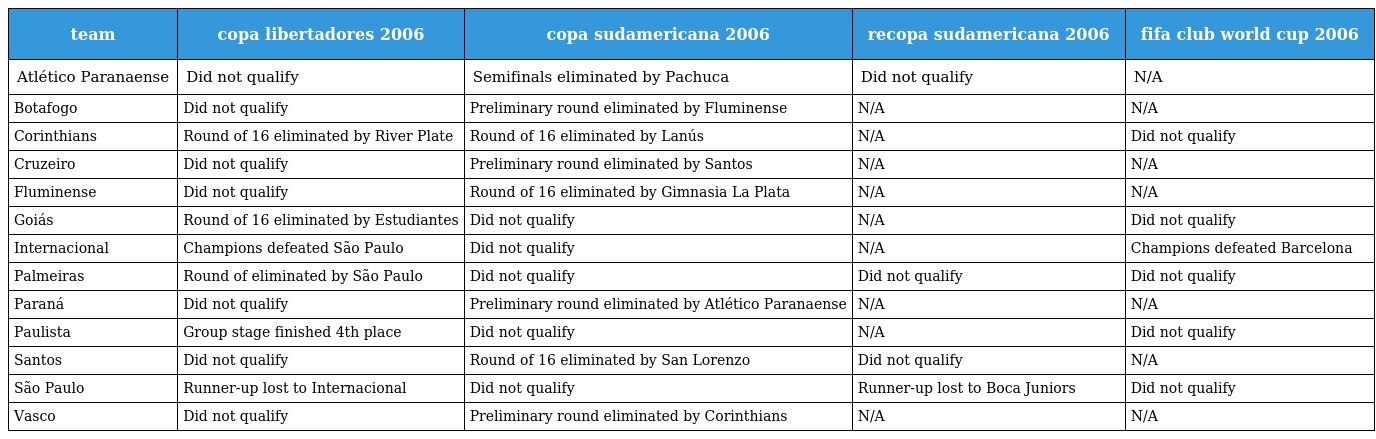
| team | copa libertadores 2006 | copa sudamericana 2006 | recopa sudamericana 2006 | fifa club world cup 2006 |
 | --- | --- | --- | --- | --- |
 | Atlético Paranaense | Did not qualify | Semifinals eliminated by Pachuca | Did not qualify | N/A |
 | Botafogo | Did not qualify | Preliminary round eliminated by Fluminense | N/A | N/A |
 | Corinthians | Round of 16 eliminated by River Plate | Round of 16 eliminated by Lanús | N/A | Did not qualify |
 | Cruzeiro | Did not qualify | Preliminary round eliminated by Santos | N/A | N/A |
 | Fluminense | Did not qualify | Round of 16 eliminated by Gimnasia La Plata | N/A | N/A |
 | Goiás | Round of 16 eliminated by Estudiantes | Did not qualify | N/A | Did not qualify |
 | Internacional | Champions defeated São Paulo | Did not qualify | N/A | Champions defeated Barcelona |
 | Palmeiras | Round of eliminated by São Paulo | Did not qualify | Did not qualify | Did not qualify |
 | Paraná | Did not qualify | Preliminary round eliminated by Atlético Paranaense | N/A | N/A |
 | Paulista | Group stage finished 4th place | Did not qualify | N/A | Did not qualify |
 | Santos | Did not qualify | Round of 16 eliminated by San Lorenzo | Did not qualify | N/A |
 | São Paulo | Runner-up lost to Internacional | Did not qualify | Runner-up lost to Boca Juniors | Did not qualify |
 | Vasco | Did not qualify | Preliminary round eliminated by Corinthians | N/A | N/A |